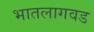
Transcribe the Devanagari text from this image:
भातलागवड